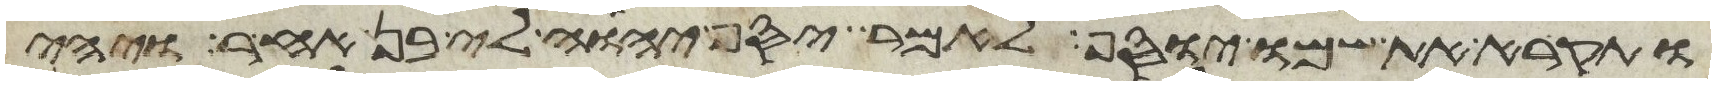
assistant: ותקרא את שמו יוסף לאמר יסף יהוה לי בן אחר ויהי